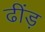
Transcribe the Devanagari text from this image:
ढींड़